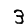
Digit: 3